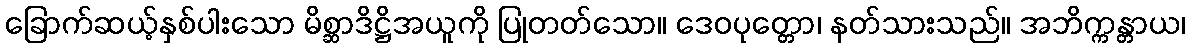
ခြောက်ဆယ့်နှစ်ပါးသော မိစ္ဆာဒိဋ္ဌိအယူကို ပြုတတ်သော။ ဒေဝပုတ္တော၊ နတ်သားသည်။ အဘိက္ကန္တာယ၊